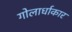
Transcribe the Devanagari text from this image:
गोलार्धाकार